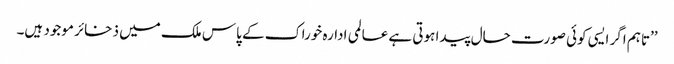
’’تاہم اگر ایسی کوئی صورت حال پیدا ہوتی ہے عالمی ادارہ خوراک کے پاس ملک میں ذخائر موجود ہیں۔